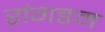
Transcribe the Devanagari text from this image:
रांगडम